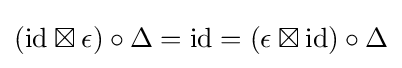
(\mathrm {id} \boxtimes \epsilon )\circ \Delta =\mathrm {id} =(\epsilon \boxtimes \mathrm {id} )\circ \Delta